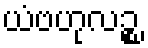
ယံဗဟုလဉ္စ